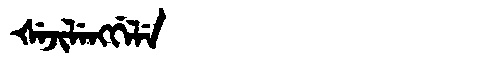
Manchu: ᡧᡝᠵᡳᠯᡝᠩᡤᡝᠯᡝ
Romanization: ŠEJILENGGELE